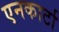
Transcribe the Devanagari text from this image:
एनकार्टा